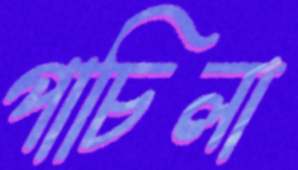
পাচিলা